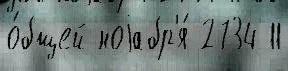
о́бщей ноjабр'я́ 2734 11